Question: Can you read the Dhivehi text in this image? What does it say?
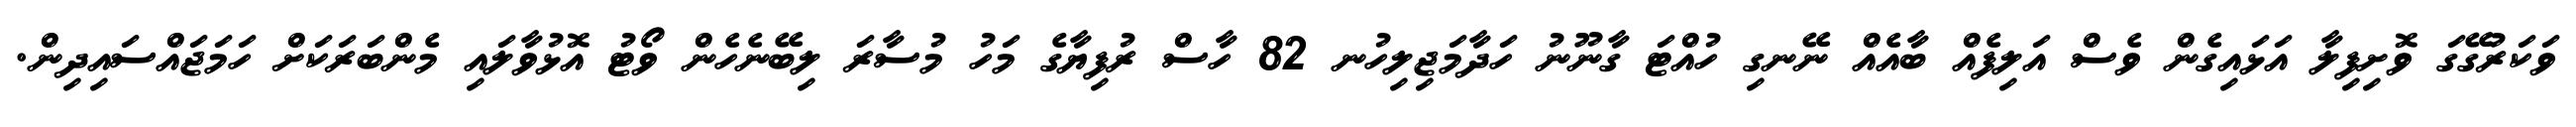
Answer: ވަކަރުގޭގަ ވޮށިފިލާ އަޅައިގެން ވެސް އަލިފެއް ބާއެއް ނޭނގި ހުއްޓަ ގާނޫނު ހަދާމަޖިލިހުނ 82 ހާސް ރުފިޔާގެ މަހު މުސާރަ ލިބޭނެހެން ވޯޓު އޮޅުވާލައި މެންބަރަކަށް ހަމަޖައްސައިދިން.